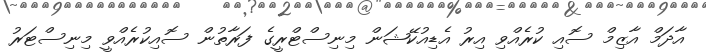
އާދަމް އާޒިމް ސޮއި ކުރެއްވި އިރު އެޑިއުކޭޝަން މިނިސްޓްރީގެ ފަރާތުން ސޮއިކުރެއްވީ މިނިސްޓަރު